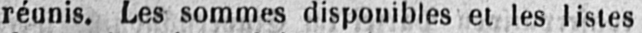
réunis. Les sommes disponibles et les listes